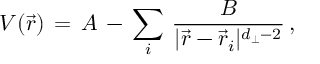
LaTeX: V ( { \vec { r } } ) \, = \, A \, - \, \sum _ { i } \, { \frac { B } { | { \vec { r } } - { \vec { r } } _ { i } | ^ { d _ { \perp } - 2 } } } \, ,